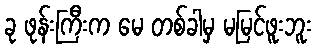
ခု ဖုန်းကြီးက မေ တစ်ခါမှ မမြင်ဖူးဘူး